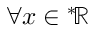
\forall x \in { ^ { * } \! \mathbb { R } }